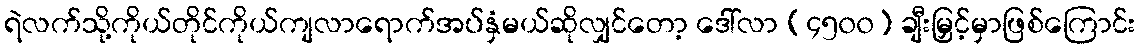
ရဲလက်သို့ကိုယ်တိုင်ကိုယ်ကျလာရောက်အပ်နှံမယ်ဆိုလျှင်တော့ ဒေါ်လာ (၄၅၀၀) ချီးမြှင့်မှာဖြစ်ကြောင်း